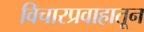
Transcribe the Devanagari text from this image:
विचारप्रवाहातून